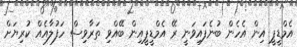
އެމްޑީޕީ އިން އެހެން ބުނެފައިވަނީ ރޭ އެމްޑީޕީއިން ބޭއްވި ތަރާވިސް ހަފުލާއެއް ކުރިޔަށް